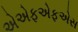
એએફએફએસ